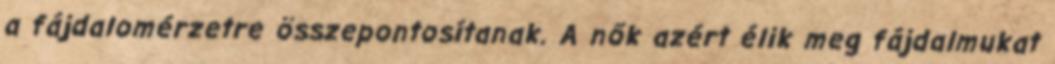
a fájdalomérzetre összepontosítanak. A nők azért élik meg fájdalmukat